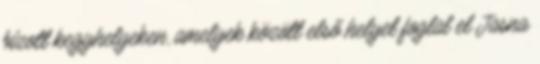
bízott kegyhelyeken, amelyek között első helyet foglal el Jasna